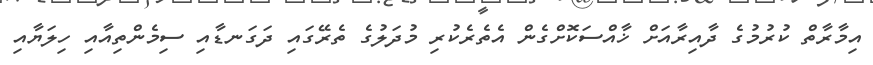
އިމާރާތް ކުރުމުގެ ދާއިރާއަށް ޚާއްސަކޮށްގެން އެތެރެކުރި މުދަލުގެ ތެރޭގައި ދަގަނޑާއި ސިމެންތިއާއި ހިލަޔާއި